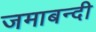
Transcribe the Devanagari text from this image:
जमाबन्दी